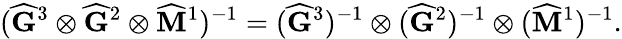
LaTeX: (\widehat{\mathbf{G}}^{3}\otimes\widehat{\mathbf{G}}^{2}\otimes\widehat{\mathbf{M}}^{1})^{-1}=(\widehat{\mathbf{G}}^{3})^{-1}\otimes(\widehat{\mathbf{G}}^{2})^{-1}\otimes(\widehat{\mathbf{M}}^{1})^{-1}.